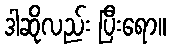
ဒါဆိုလည်း ပြီးရော။